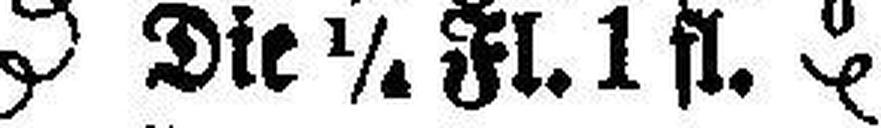
Die ¼ Fl. 1 fl.